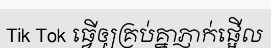
Tik Tok ធ្វើឲ្យគ្រប់គ្នាភ្ញាក់ផ្អើល